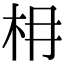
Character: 枏